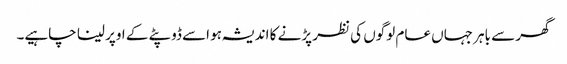
گھر سے باہر جہاں عام لوگوں کی نظر پڑنے کا اندیشہ ہو اسے ڈوپٹے کے اوپر لینا چاہیے۔